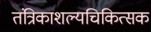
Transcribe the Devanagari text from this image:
तंत्रिकाशल्यचिकित्सक